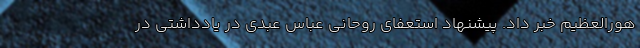
هورالعظیم خبر داد. پیشنهاد استعفای روحانی عباس عبدی در یادداشتی در